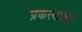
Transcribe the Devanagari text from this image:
प्रकरणातही